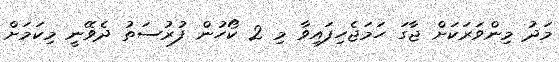
މަދު މިންވަރަކަށް ޖާގަ ހަމަޖެހިފައިވާ މި 2 ކޯހުން ފުރުސަތު ދެވޭނީ މިކަމަށް